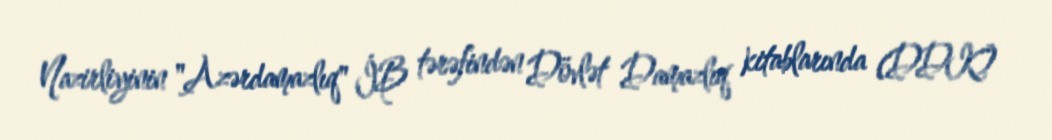
Nazirliyinin "Azərdamazlıq" İB tərəfindən Dövlət Damazlıq kitablarında (DDK)